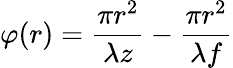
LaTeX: \varphi(r)=\frac{\pi r^{2}}{\lambda z}-\frac{\pi r^{2}}{\lambda f}